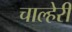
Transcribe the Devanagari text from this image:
चाल्हेरी